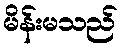
မိန်းမသည်